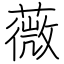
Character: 薇